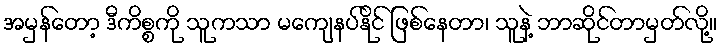
အမှန်တော့ ဒီကိစ္စကို သူကသာ မကျေနပ်နိုင် ဖြစ်နေတာ၊ သူနဲ့ ဘာဆိုင်တာမှတ်လို့။